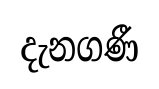
දැනගණී